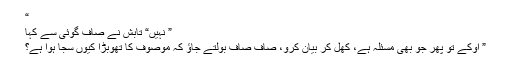
“
” نہیں“ تابش نے صاف گوئی سے کہا
” اوکے تو پھر جو بھی مسئلہ ہے، کھل کر بیان کرو، صاف صاف بولتے جاﺅ کہ موصوف کا تھوبڑا کیوں سجا ہوا ہے؟